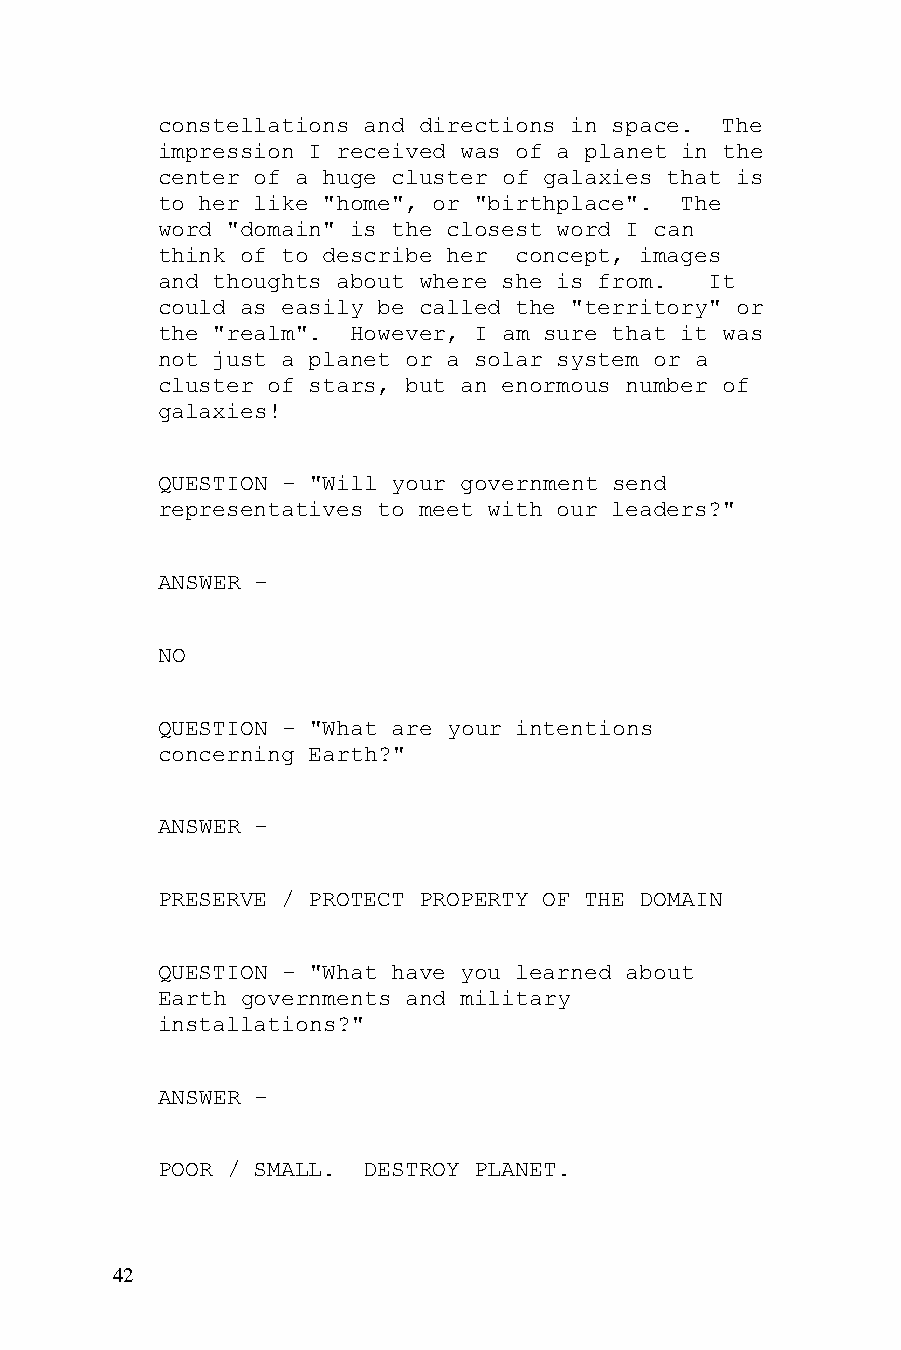
constellations and directions in space. The
 impression I received was of a planet in the
 center of a huge cluster of galaxies that is
 to her like "home", or "birthplace". The
 word "domain" is the closest word I can
 think of to describe her concept, images
 and thoughts about where she is from. It
 could as easily be called the "territory" or
 the "realm". However, I am sure that it was
 not just a planet or a solar system or a
 cluster of stars, but an enormous number of
 galaxies!
 QUESTION - "Will your government send
 representatives to meet with our leaders?"
 ANSWER -
 NO
 QUESTION - "What are your intentions
 concerning Earth?"
 ANSWER -
 PRESERVE / PROTECT PROPERTY OF THE DOMAIN
 QUESTION - "What have you learned about
 Earth governments and military
 installations?"
 ANSWER -
 POOR / SMALL. DESTROY PLANET.
 42